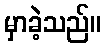
မှာခဲ့သည်။